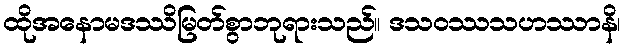
ထိုအနောမဒဿိမြတ်စွာဘုရားသည်။ ဒသဝဿသဟဿာနိ၊